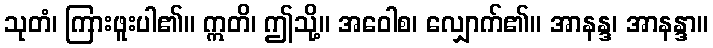
သုတံ၊ ကြားဖူးပါ၏။ ဣတိ၊ ဤသို့။ အဝေါစ၊ လျှောက်၏။ အာနန္ဒ၊ အာနန္ဒာ။